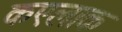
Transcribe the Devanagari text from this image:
कएलाक